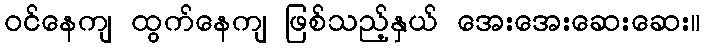
ဝင်နေကျ ထွက်နေကျ ဖြစ်သည့်နှယ် အေးအေးဆေးဆေး။